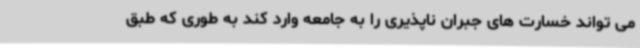
می تواند خسارت های جبران ناپذیری را به جامعه وارد کند به طوری که طبق